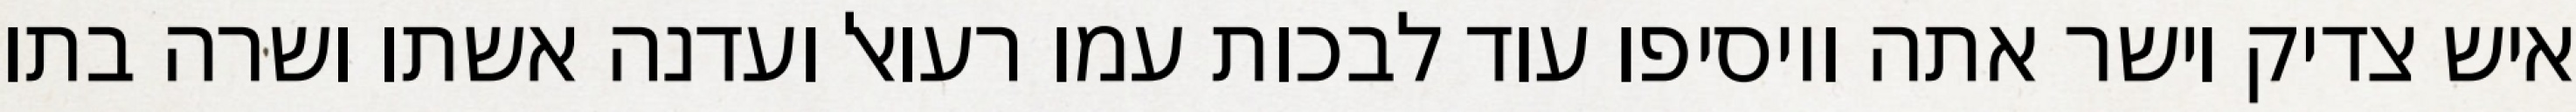
איש צדיק וישר אתה ויוסיפו עוד לבכות עמו רעואל ועדנה אשתו ושרה בתו